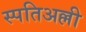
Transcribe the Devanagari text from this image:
स्पतिअल्ली